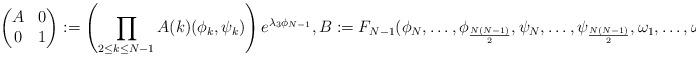
LaTeX: \begin{align*}\begin{pmatrix}A&0\\0&1\end{pmatrix}:=\left(\prod_{2\leq k\leq N-1}A(k)(\phi_k,\psi_k)\right)e^{\lambda_3\phi_{N-1}},B:=F_{N-1}(\phi_{N},\ldots,\phi_{\frac{N(N-1)}{2}},\psi_{N},\ldots,\psi_{\frac{N(N-1)}{2}},\omega_1,\ldots,\omega_{N-2}).\end{align*}